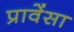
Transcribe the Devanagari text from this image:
प्रावेंसा